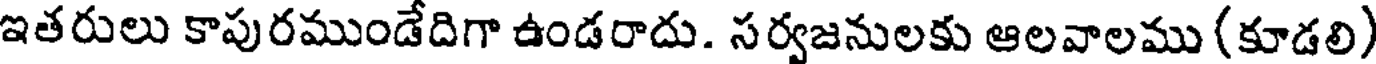
ఇతరులు కాపురముండేదిగా ఉండరాదు. సర్వజనులకు ఆలవాలము (కూడలి)